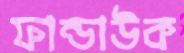
ফান্ডাউক